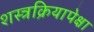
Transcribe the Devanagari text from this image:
शस्त्रक्रियापेक्षा